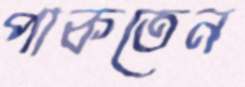
পাকতেন